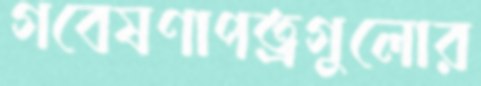
গবেষণাপত্রগুলোর